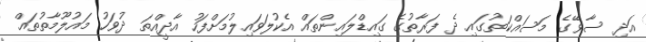
އަދި ސާވޭގެ މަސައްކަތުގައި ދެ ފަރާތުގެ ގައިޑްލައިންތައް އެކުލަވައިލުމަށްފަހު އާދީއްތަ ދުވަހު މައުލޫމާތުތައް